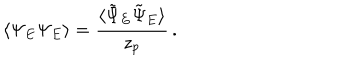
\langle \Psi _ { E } \Psi _ { E } \rangle = \frac { \langle \tilde { \Psi } _ { E } \tilde { \Psi } _ { E } \rangle } { z _ { p } } \, .